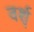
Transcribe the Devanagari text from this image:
वर्श्